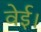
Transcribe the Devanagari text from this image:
वेई।